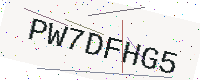
Text: PW7DFHG5